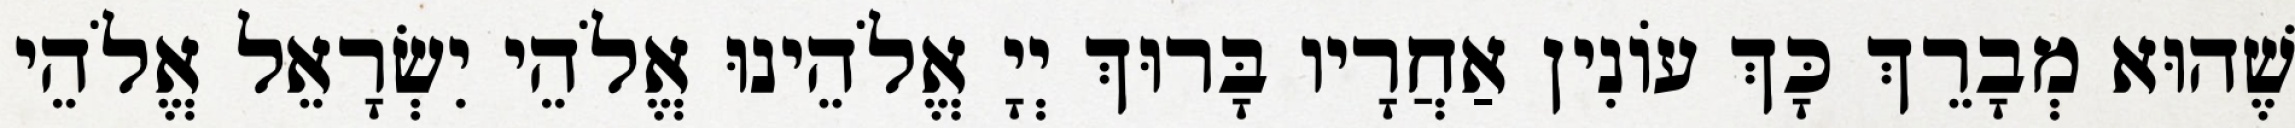
שֶׁהוּא מְבָרֵךְ כָּךְ עוֹנִין אַחֲרָיו בָּרוּךְ יְיָ אֱלֹהֵינוּ אֱלֹהֵי יִשְׂרָאֵל אֱלֹהֵי